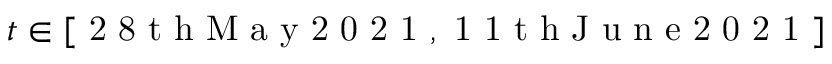
t \in [ \mathrm { ~ 2 ~ 8 ~ t ~ h ~ M ~ a ~ y ~ 2 ~ 0 ~ 2 ~ 1 ~ } , \mathrm { ~ 1 ~ 1 ~ t ~ h ~ J ~ u ~ n ~ e ~ 2 ~ 0 ~ 2 ~ 1 ~ } ]